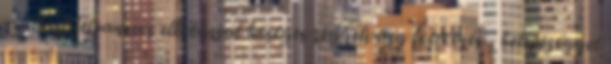
szállást félpanziós ellátással bõséges reggeli egy fõétkezés , belépõjegyet